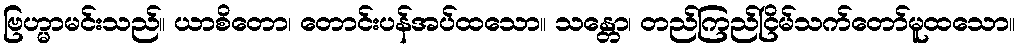
ဗြဟ္မာမင်းသည်။ ယာစိတော၊ တောင်းပန်အပ်ထသော။ သန္တော၊ တည်ကြည်ငြိမ်သက်တော်မူထသော။